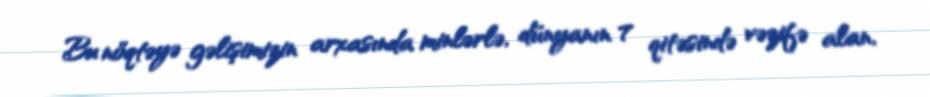
Bu nöqtəyə gəlişimizin arxasında minlərlə, dünyanın 7 qitəsində vəzifə alan,